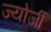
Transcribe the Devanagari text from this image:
ज्योर्जी